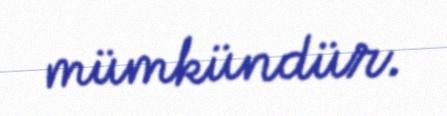
mümkündür.